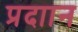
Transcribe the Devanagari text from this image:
प्रदाान